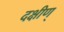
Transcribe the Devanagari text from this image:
दक्षीण्